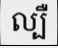
ល្បឺ